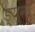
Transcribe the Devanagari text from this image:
ड्य्ना